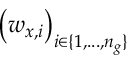
\big ( w _ { x , i } \big ) _ { i \in \{ 1 , . . . , n _ { g } \} }